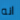
انه